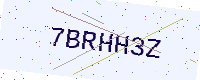
Text: 7BRHH3Z